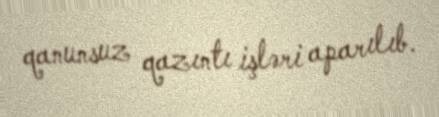
qanunsuz qazıntı işləri aparılıb.